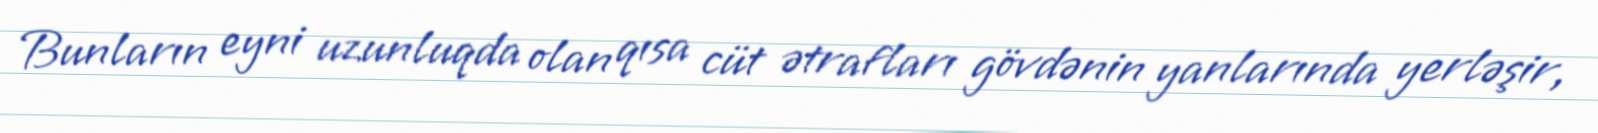
Bunların eyni uzunluqda olan qısa cüt ətrafları gövdənin yanlarında yerləşir,